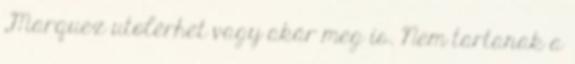
„Marquez utolérhet vagy akár meg is. Nem tartanak a